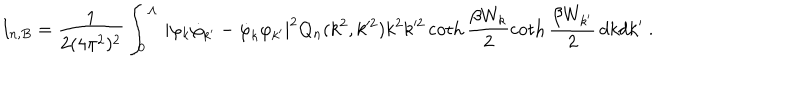
I _ { n , B } = \frac 1 { 2 ( 4 \pi ^ { 2 } ) ^ { 2 } } \int _ { 0 } ^ { \Lambda } \, | \varphi _ { k } \dot { \varphi } _ { k ^ { \prime } } - \dot { \varphi } _ { k } \varphi _ { k ^ { \prime } } | ^ { 2 } Q _ { n } ( k ^ { 2 } , k ^ { 2 } ) k ^ { 2 } k ^ { 2 } \coth \frac { \beta W _ { k } } 2 \coth \frac { \beta W _ { k ^ { \prime } } } 2 \, d k d k ^ { \prime } \ .